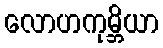
လောဟကုမ္ဘိယာ